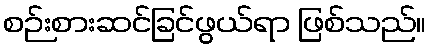
စဉ်းစားဆင်ခြင်ဖွယ်ရာ ဖြစ်သည်။